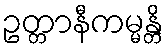
ဥတ္တာနီကမ္မန္တိ